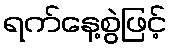
ရက်နေ့စွဲဖြင့်